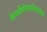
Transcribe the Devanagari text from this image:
मेलडीमेकर्ससारख्या